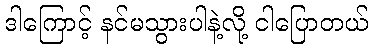
ဒါကြောင့် နင်မသွားပါနဲ့လို့ ငါပြောတယ်